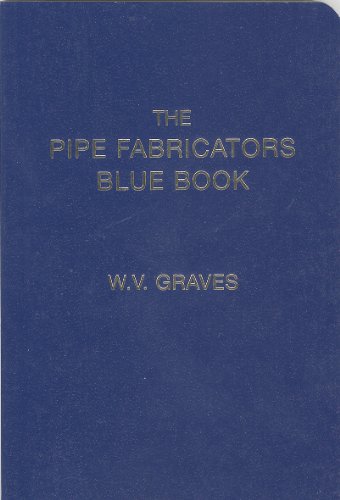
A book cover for The Pipe Fabricators Blue Book; W. V. Graves; Engineering & Transportation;